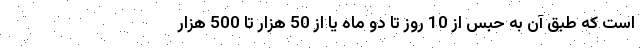
است که طبق آن به حبس از 10 روز تا دو ماه یا از 50 هزار تا 500 هزار